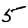
Digit: 5